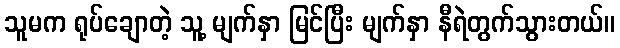
သူမက ရုပ်ချောတဲ့ သူ့ မျက်နှာ မြင်ပြီး မျက်နှာ နီရဲတွက်သွားတယ်။